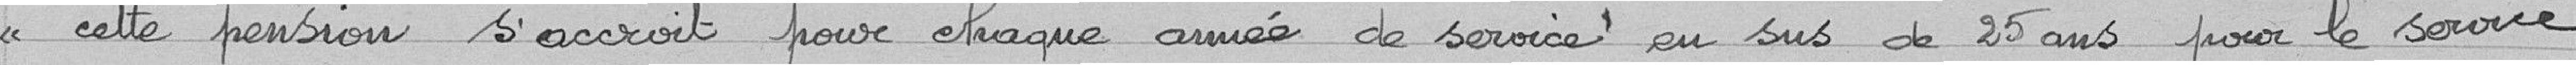
<< cette pension s'accroit pour chaque année de service au sus de 25 ans pour le service